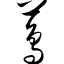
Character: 茑